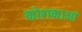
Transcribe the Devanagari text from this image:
कोशकाओं